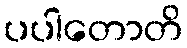
ပပါတောတိ